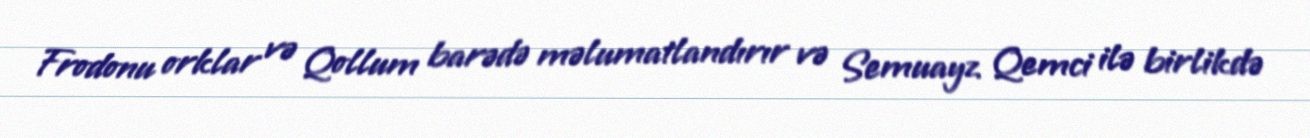
Frodonu orklar və Qollum barədə məlumatlandırır və Semuayz Qemci ilə birlikdə